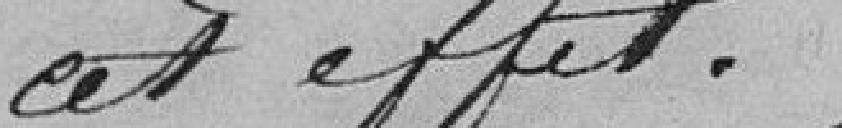
cet effet.